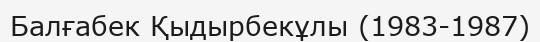
Балғабек Қыдырбекұлы (1983-1987)